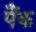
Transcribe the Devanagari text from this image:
पैंक